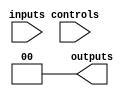
module CLB (
    input wire [N-1:0] inputs, // N-bit input signals
    input wire [M-1:0] controls, // M-bit control signals for programming
    output wire [P-1:0] outputs // P-bit output signals
);

parameter N = 4; // Number of input lines
parameter M = 8; // Number of control signals (for programming)
parameter P = 2; // Number of output lines
parameter AND_TERM_NUM = 4; // Number of AND gates (product terms)

// Define the programmable AND gates
wire [AND_TERM_NUM-1:0] and_terms;
wire [N-1:0] and_inputs [AND_TERM_NUM-1:0]; // Input connections for each AND gate

// Example of programming AND gates based on control signals
generate
    genvar i, j;
    for (i = 0; i < AND_TERM_NUM; i = i + 1) begin : and_gate_gen
        for (j = 0; j < N; j = j + 1) begin : input_select
            assign and_inputs[i][j] = (controls[i*N+j]) ? inputs[j] : 1'b0; // Programmed inputs
        end
        assign and_terms[i] = &and_inputs[i]; // AND logic
    end
endgenerate

// Define the programmable OR gates
wire [P-1:0] or_outputs;
generate
    for (i = 0; i < P; i = i + 1) begin : or_gate_gen
        assign or_outputs[i] = (controls[M + i]) ? |(and_terms) : 1'b0; // OR logic based on control
    end
endgenerate

// Output assignment
assign outputs = or_outputs;

endmodule